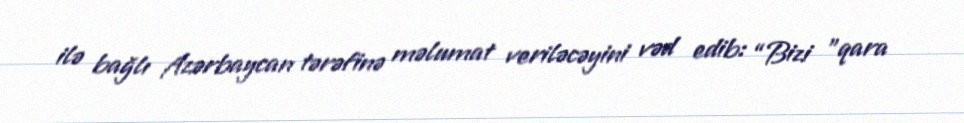
ilə bağlı Azərbaycan tərəfinə məlumat veriləcəyini vəd edib: “Bizi ”qara